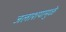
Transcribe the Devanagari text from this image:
जलाशयामुळे